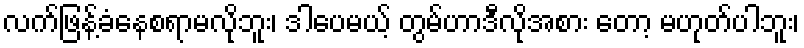
လက်ဖြန့်ခံနေစရာမလိုဘူး၊ ဒါပေမယ့် တွမ်ဟာဒီလိုအစား တော့ မဟုတ်ပါဘူး၊